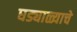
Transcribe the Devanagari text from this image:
घड्याळ्याचे